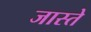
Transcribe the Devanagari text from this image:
जास्ते